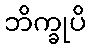
ဘိက္ခုပိ